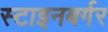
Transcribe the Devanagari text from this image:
स्टाइनबर्गर